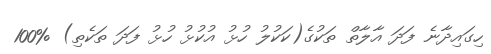
ހިގައިދާނެ ފަދަ އާލާތް ތަކުގެ(ކަކުލު ހުޅު އުކުޅު ހުޅު ފަދަ ތަކެތި) %100